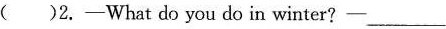
( )2.—What do you do in winter?___